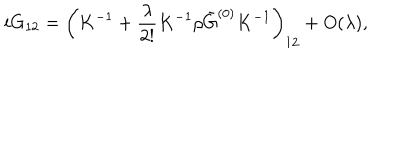
i G _ { 1 2 } = \left( K ^ { - 1 } + \frac { \lambda } { 2 ! } K ^ { - 1 } \rho \bar { G } ^ { ( 0 ) } K ^ { - 1 } \right) _ { 1 2 } + O ( \lambda ) ,